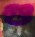
গু